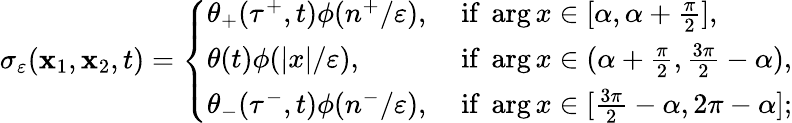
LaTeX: \sigma_{\varepsilon}(\mathbf{x}_{1},\mathbf{x}_{2},t)=\left\{ \begin{array}{ll}{\theta_{+}(\tau^{+},t)\phi(n^{+}/\varepsilon),}&{\mathrm{~if~}\arg x\in[\alpha,\alpha+\frac{\pi}{2}],}\\ {\theta(t)\phi(|x|/\varepsilon),}&{\mathrm{~if~}\arg x\in(\alpha+\frac{\pi}{2},\frac{3\pi}{2}-\alpha),}\\ {\theta_{-}(\tau^{-},t)\phi(n^{-}/\varepsilon),}&{\mathrm{~if~}\arg x\in[\frac{3\pi}{2}-\alpha,2\pi-\alpha];}\end{array}\right.